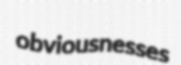
obviousnesses